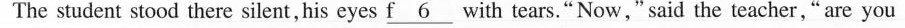
The student stood there silent , his eyes\underline{f6}with tears.“NOW,”said the teacher ,“are you